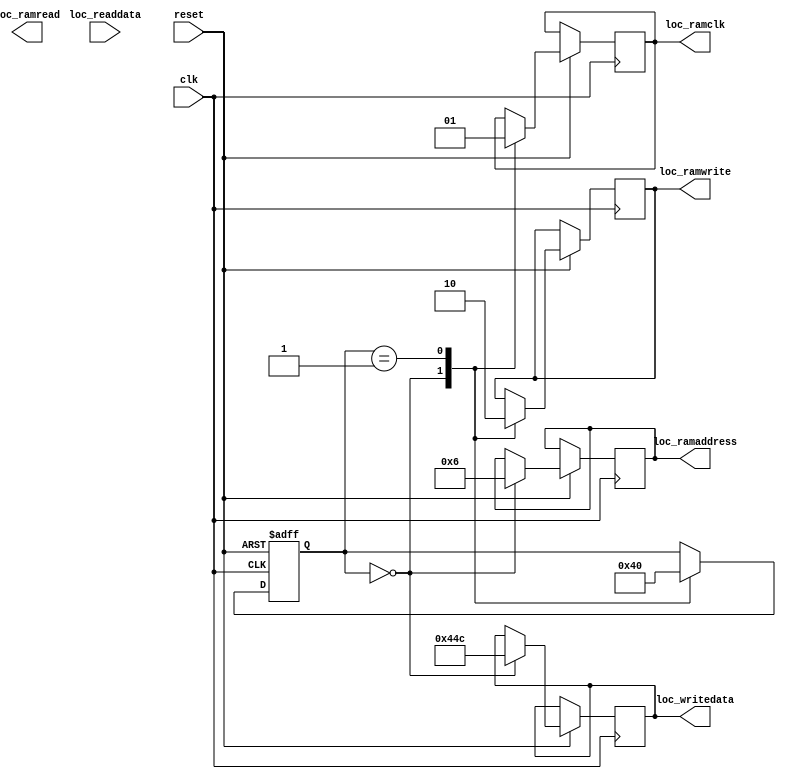
module guitar_effect (
	input 	clk,
	input 	reset,
	input		[31:0] 	loc_readdata,
	output  reg	[31:0] 	loc_writedata,
	output 	reg	[4:0]	loc_ramaddress,            
	output 	reg	loc_ramclk,               
	output	reg	loc_ramread,              
	output  reg   loc_ramwrite
);

parameter ADD_SE 					= 5'b00000;
parameter ADD_DISTORRION_GAIN		= 5'b00001;
parameter ADD_DISTORRION_BOOST		= 5'b00010;
parameter ADD_INPUT					= 5'b00011;
parameter ADD_READ_FINISH			= 5'b00100;
parameter ADD_OUTPUT				= 5'b00101;
parameter ADD_READY_TO_GET			= 5'b00110;

reg  [31:0] 	input_;
reg  [31:0] 	select_effect_;

parameter [5:0] S0=5'd0, S0A=5'd1, S0B=5'd2, S0C=5'd3, S0D=5'd4, S0E=5'd5, S0F=5'd6, S0G=5'd7, S0H=5'd8, S0I=5'd9, S1=5'd10, S1A=5'd11, S2=5'd12, S2A=5'd13, S3=5'd14, S3A=5'd15, S3B=5'd16, S3C=5'd17, S3D=5'd18, S4=5'd19, S4A=5'd20, S5=5'd21, S5A=5'd22;

reg [5:0] stt;


always@(posedge clk or negedge reset)
begin
   if (reset == 'b0)
	begin
		stt <= S0;
	end 
	else
	begin
		 case(stt)
			S0:
			begin           
				loc_ramclk <= 'b0;    
				loc_writedata <= 32'd1100;				
				loc_ramaddress <= ADD_READY_TO_GET; 
				//loc_ramread <= 'b0;
				loc_ramwrite <= 'b1;
				stt <= S0A;
			end
			S0A:
			begin
				loc_ramclk <= 'b1;
				loc_ramwrite <= 'b0;
				stt <= S0;
			end	
		endcase
    end
end
 
endmodule